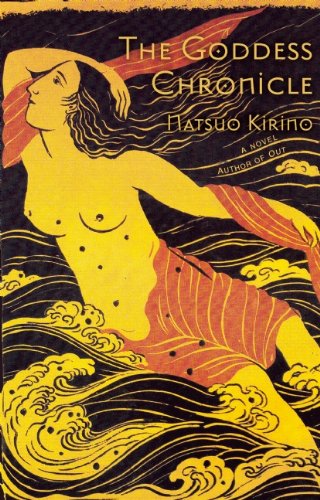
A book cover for The Goddess Chronicle; Natsuo Kirino; Science Fiction & Fantasy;